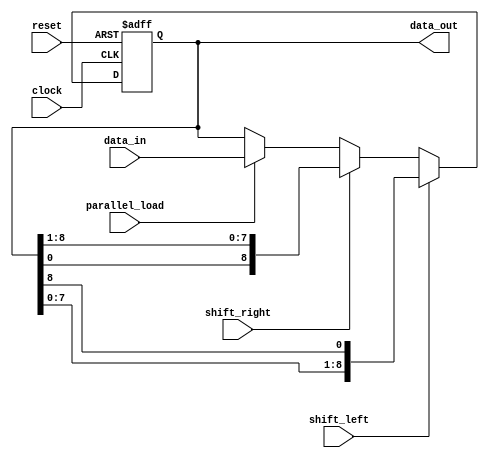
module UniversalShiftRegister (
    input wire clock,
    input wire reset,
    input wire shift_left,
    input wire shift_right,
    input wire parallel_load,
    input wire [8:0] data_in,
    output reg [8:0] data_out
);

reg [8:0] shift_reg;

always @(posedge clock or posedge reset) begin
    if (reset) begin
        shift_reg <= 9'b0;
    end else begin
        if (shift_left) begin
            shift_reg <= {shift_reg[7:0], shift_reg[8]};
        end else if (shift_right) begin
            shift_reg <= {shift_reg[0], shift_reg[8:1]};
        end else if (parallel_load) begin
            shift_reg <= data_in;
        end
    end
end

assign data_out = shift_reg;

endmodule